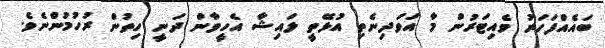
ބައެއްފަހަރު ވެއިޓަރުން މާ އަވަދިނެތި އުޅޭތީ ލައިޝާ އެހީވާން ދަނީ ހިތުން ރުހުމުންނެވެ.